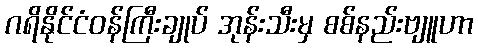
ဂရိနိုင်ငံဝန်ကြီးချုပ် အုန်းသီးမှ စစ်နည်းဗျူဟာ